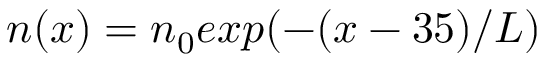
n ( x ) = n _ { 0 } e x p ( - ( x - 3 5 ) / L )